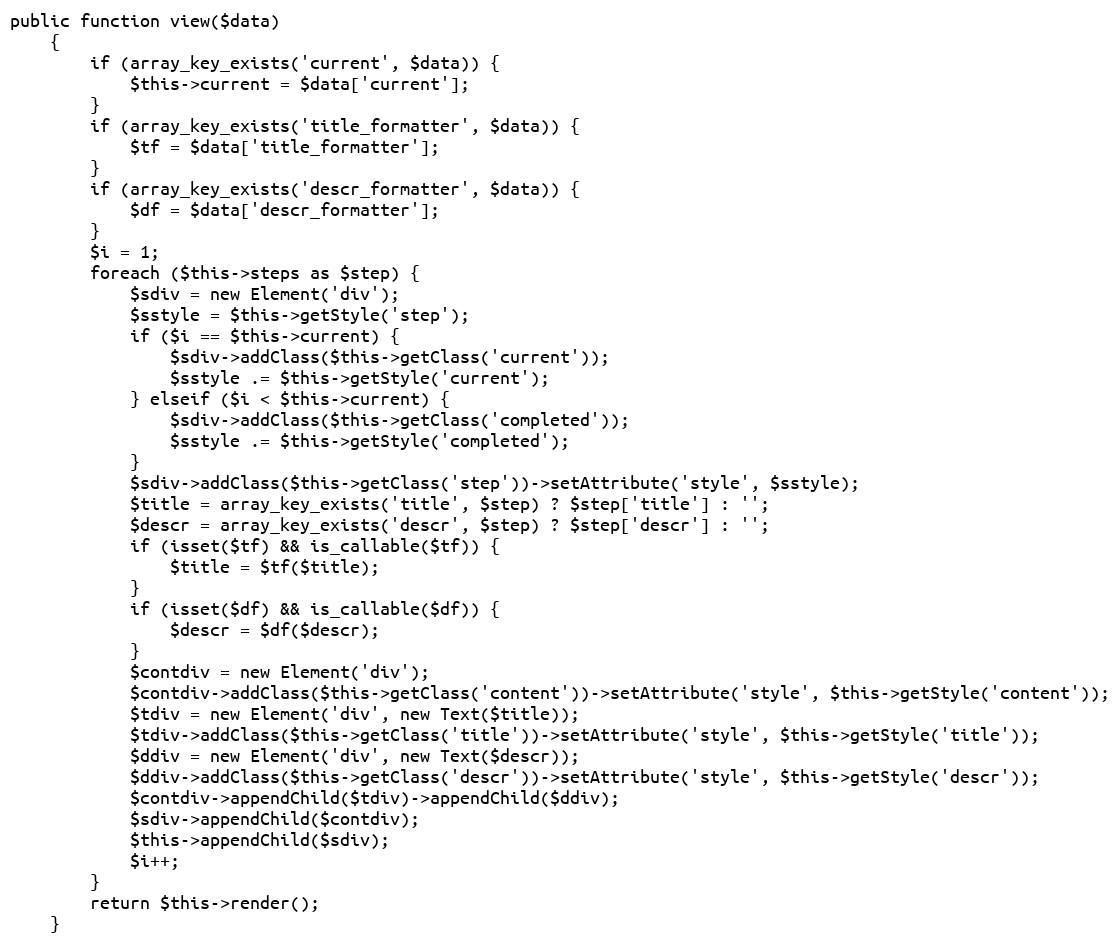
Language: PHP
public function view($data)
    {
        if (array_key_exists('current', $data)) {
            $this->current = $data['current'];
        }
        if (array_key_exists('title_formatter', $data)) {
            $tf = $data['title_formatter'];
        }
        if (array_key_exists('descr_formatter', $data)) {
            $df = $data['descr_formatter'];
        }
        $i = 1;
        foreach ($this->steps as $step) {
            $sdiv = new Element('div');
            $sstyle = $this->getStyle('step');
            if ($i == $this->current) {
                $sdiv->addClass($this->getClass('current'));
                $sstyle .= $this->getStyle('current');
            } elseif ($i < $this->current) {
                $sdiv->addClass($this->getClass('completed'));
                $sstyle .= $this->getStyle('completed');
            }
            $sdiv->addClass($this->getClass('step'))->setAttribute('style', $sstyle);
            $title = array_key_exists('title', $step) ? $step['title'] : '';
            $descr = array_key_exists('descr', $step) ? $step['descr'] : '';
            if (isset($tf) && is_callable($tf)) {
                $title = $tf($title);
            }
            if (isset($df) && is_callable($df)) {
                $descr = $df($descr);
            }
            $contdiv = new Element('div');
            $contdiv->addClass($this->getClass('content'))->setAttribute('style', $this->getStyle('content'));
            $tdiv = new Element('div', new Text($title));
            $tdiv->addClass($this->getClass('title'))->setAttribute('style', $this->getStyle('title'));
            $ddiv = new Element('div', new Text($descr));
            $ddiv->addClass($this->getClass('descr'))->setAttribute('style', $this->getStyle('descr'));
            $contdiv->appendChild($tdiv)->appendChild($ddiv);
            $sdiv->appendChild($contdiv);
            $this->appendChild($sdiv);
            $i++;
        }
        return $this->render();
    }